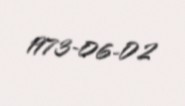
1973-06-02